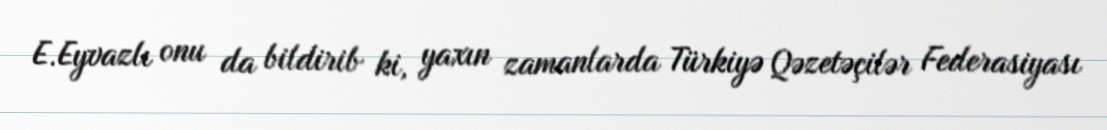
E.Eyvazlı onu da bildirib ki, yaxın zamanlarda Türkiyə Qəzetəçilər Federasiyası